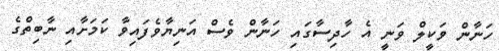
ހަނާން ވަކީލް ވަނީ އެ ހާދިސާގައި ހަނާން ވެސް އަނިޔާވެފައިވާ ކަމަށާއި ނާބިތްގެ